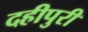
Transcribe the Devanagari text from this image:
दहीपुरी